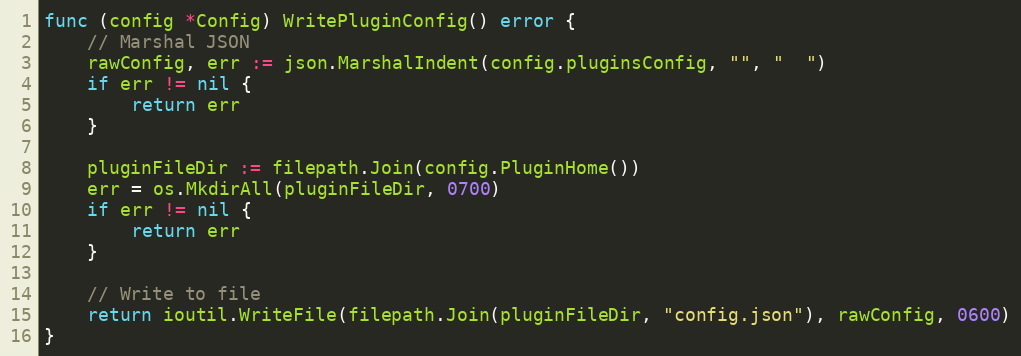
Language: Go
func (config *Config) WritePluginConfig() error {
	// Marshal JSON
	rawConfig, err := json.MarshalIndent(config.pluginsConfig, "", "  ")
	if err != nil {
		return err
	}

	pluginFileDir := filepath.Join(config.PluginHome())
	err = os.MkdirAll(pluginFileDir, 0700)
	if err != nil {
		return err
	}

	// Write to file
	return ioutil.WriteFile(filepath.Join(pluginFileDir, "config.json"), rawConfig, 0600)
}